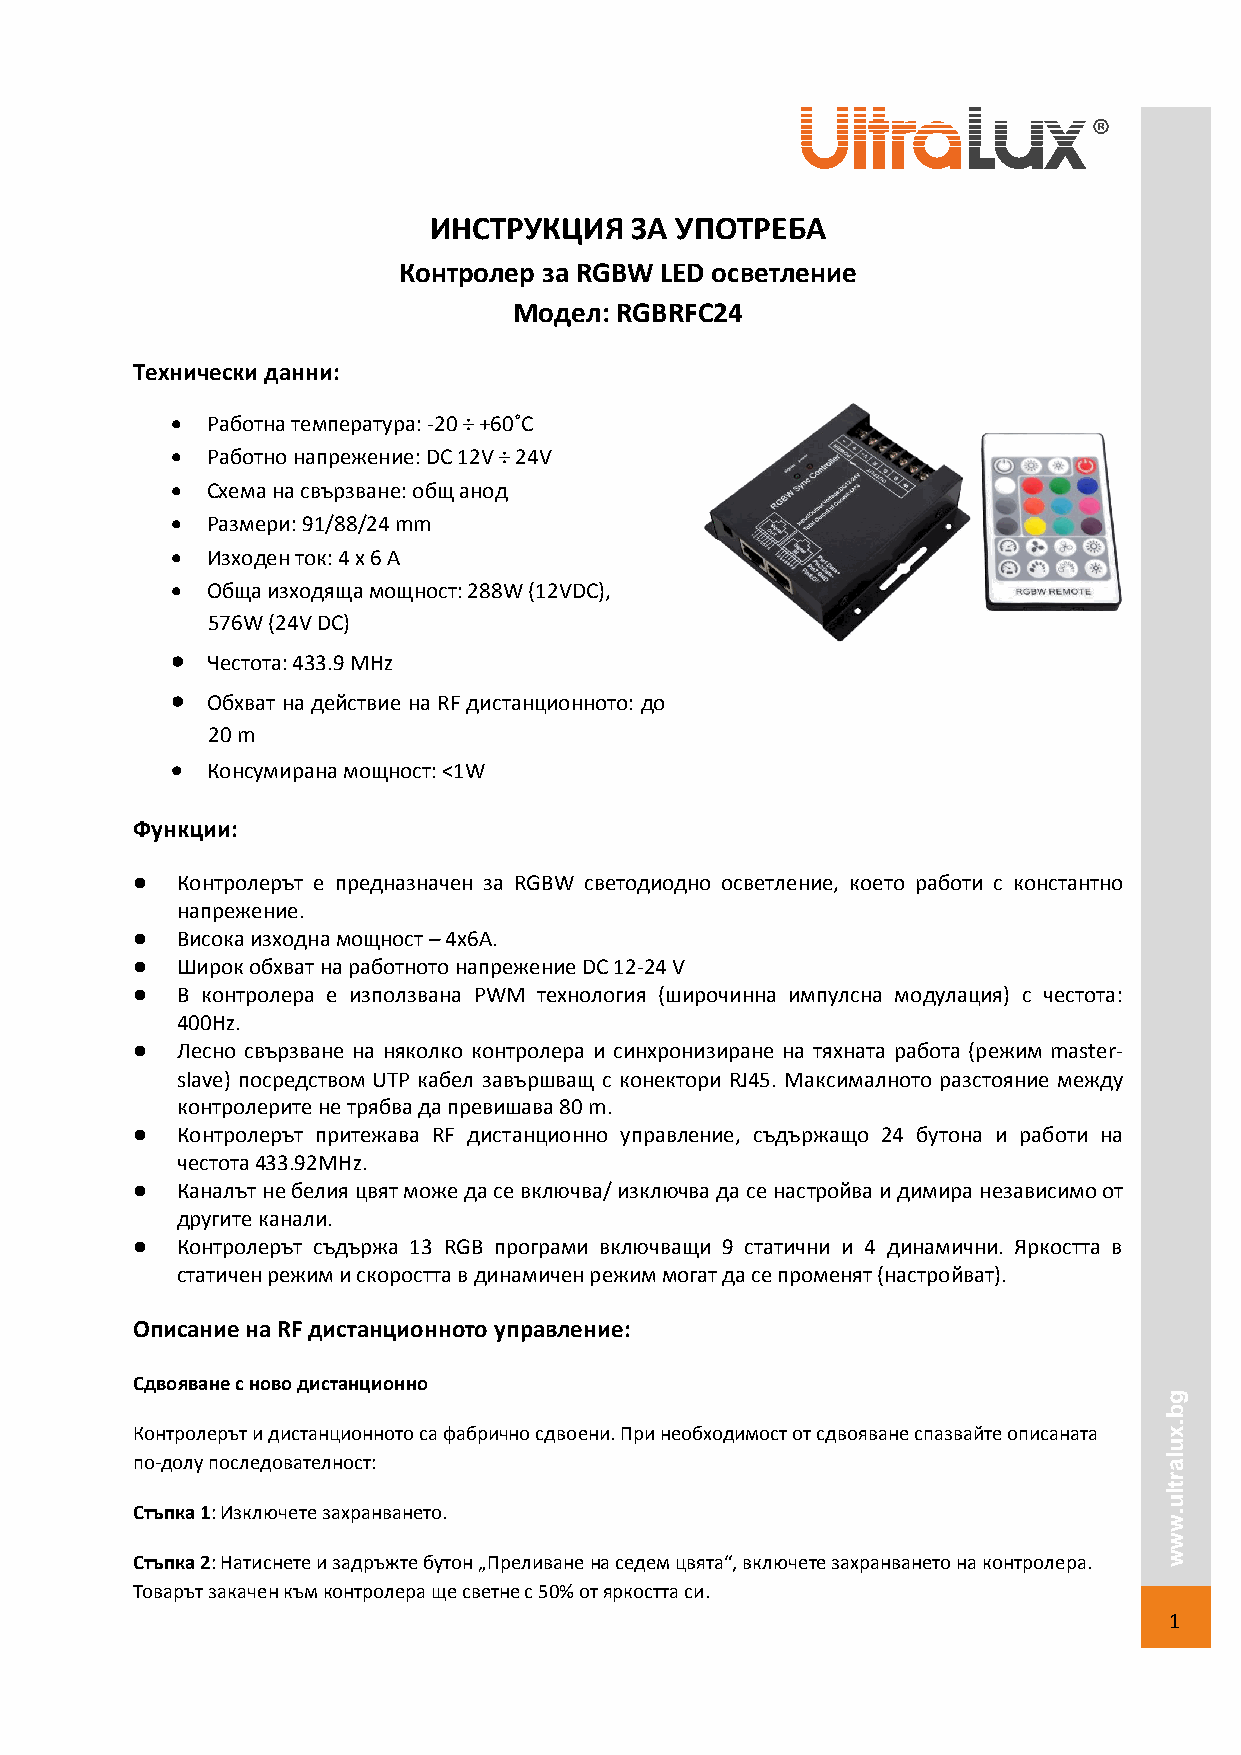
ИНСТРУКЦИЯ    ЗА УПОТРЕБА
 Контролер за RGBW LED осветление
 Модел: RGBRFC24
 Технически данни:
 •  Работна температура: -20 ÷ +60˚C
 •  Работно напрежение: DC 12V ÷ 24V
 •  Схема на свързване: общ анод
 •  Размери: 91/88/24 mm
 •  Изходен ток: 4 x 6 А
 •  Обща изходяща мощност: 288W (12VDC),
 576W (24V DC)
 •  Честота: 433.9 MHz
 •  Обхват на действие на RF дистанционното: до
 20 m
 •  Консумирана мощност: <1W
 Функции:
   Контролерът е предназначен за RGBW светодиодно осветление, което работи с константно
 напрежение.
   Висока изходна мощност – 4х6A.
   Широк обхват на работното напрежение DC 12-24 V
   В контролера е използвана PWM технология (широчинна импулсна модулация) с честота:
 400Hz.
   Лесно свързване на няколко контролера и синхронизиране на тяхната работа (режим master-
 slave) посредством UTP кабел завършващ с конектори RJ45. Максималното разстояние между
 контролерите не трябва да превишава 80 m.
   Контролерът притежава RF дистанционно управление, съдържащо 24 бутона и работи на
 честота 433.92MHz.
   Каналът не белия цвят може да се включва/ изключва да се настройва и димира независимо от
 другите канали.
   Контролерът съдържа 13 RGB програми включващи 9 статични и 4 динамични. Яркостта в
 статичен режим и скоростта в динамичен режим могат да се променят (настройват).
 Описание на RF дистанционното управление:
 Сдвояване с ново дистанционно
 g
 b
 Контролерът и дистанционното са фабрично сдвоени. При необходимост от сдвояване спазвайте описаната . x
 u
 по-долу последователност:                                           l a
 r
 t
 l
 u
 Стъпка 1: Изключете захранването.                                   .
 w
 w
 Стъпка 2: Натиснете и задръжте бутон „Преливане на седем цвята“, включете захранването на контролера. w
 Товарът закачен към контролера ще светне с 50% от яркостта си.
 1